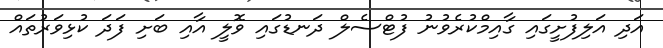
އަދި އަލިފުށީގައި ގާއިމްކުރެވުނު ފުޓްސެލް ދަނޑުގައި ވޮލީ އާއި ބަށި ފަދަ ކުޅިވަރުތައް